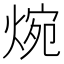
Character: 焥